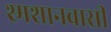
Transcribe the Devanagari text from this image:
श्मशानवासी